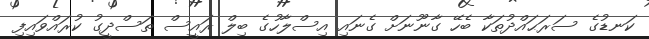
ކަނޑުގެ ސަރަޙައްދުތަކާ ބެހޭ ގާނޫނަށް ގެނައި އިސްލާހުގެ ބިލް ރައީސް ތަސްދީގު ކުރައްވައިފި